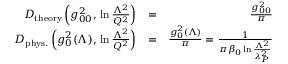
\begin{array} { r l r } { D _ { \mathrm { t h e o r y } } \left( g _ { 0 0 } ^ { 2 } , \, \ln { \frac { \Lambda ^ { 2 } } { Q ^ { 2 } } } \right) } & { = } & { { \frac { g _ { 0 0 } ^ { 2 } } { \pi } } } \\ { D _ { \mathrm { p h y s . } } \left( g _ { 0 } ^ { 2 } ( \Lambda ) , \, \ln { \frac { \Lambda ^ { 2 } } { Q ^ { 2 } } } \right) } & { = } & { { \frac { g _ { 0 } ^ { 2 } ( \Lambda ) } { \pi } } = { \frac { 1 } { \pi \beta _ { 0 } \ln { \frac { \Lambda ^ { 2 } } { \lambda _ { P } ^ { 2 } } } } } } \end{array}